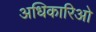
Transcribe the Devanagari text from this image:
अधिकारिओ